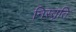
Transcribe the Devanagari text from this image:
निस्तृति